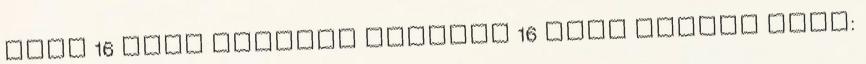
Ottó 16 éves Tamaskó Marcell 16 éves Iskola neve: